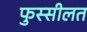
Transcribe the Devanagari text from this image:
फुस्सीलत